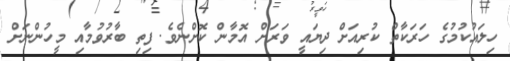
ހިލައުކުމުގެ ހަރަކާތް ކުރިއަށް ދިޔައީ ވަރަށް އޮމާން ކޮށްނެވެ. ފިތި ބާރުވުމާއި މީހުންނަށް